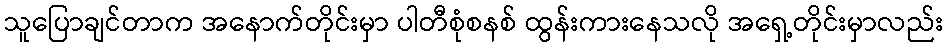
သူပြောချင်တာက အနောက်တိုင်းမှာ ပါတီစုံစနစ် ထွန်းကားနေသလို အရှေ့တိုင်းမှာလည်း